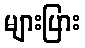
များပြား